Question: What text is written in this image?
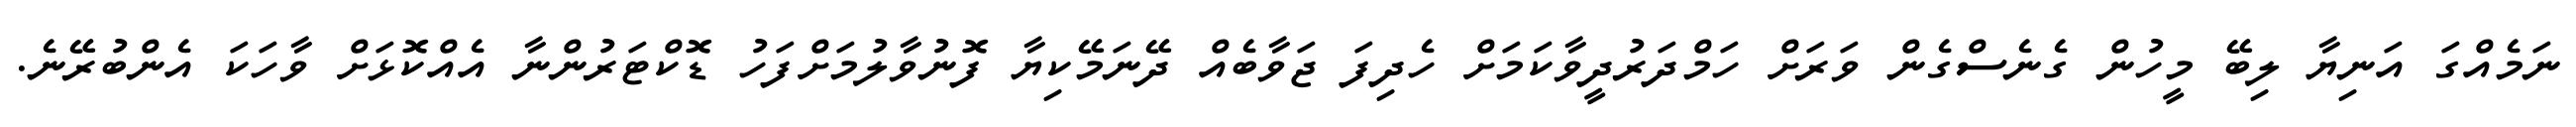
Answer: ނަމެއްގަ އަނިޔާ ލިބޭ މީހުން ގެނެސްގެން ވަރަށް ހަމްދަރުދީވާކަމަށް ހެދިފަ ޖަވާބެއް ދޭނަމޭކިޔާ ފޮނުވާލުމަށްފަހު ޑޮކްޓަރުންނާ އެއްކޮޅަށް ވާހަކަ އެންބުރޭނެ.